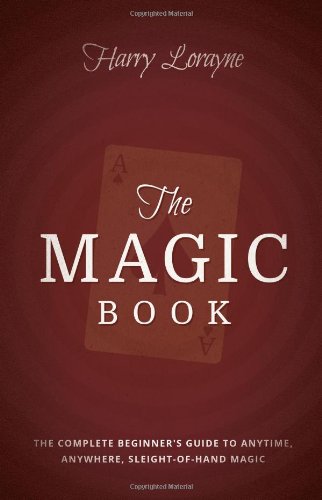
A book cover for The Magic Book: The Complete Beginners Guide to Anytime, Anywhere Close-Up Magic; Harry Lorayne; Humor & Entertainment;